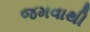
જમવાથી